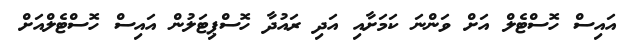
އައިސް ހޮސްޓެލް އަށް ވަންނަ ކަމަށާއި އަދި ރައުދާ ހޮސްޕިޓަލުން އައިސް ހޮސްޓެލްއަށް